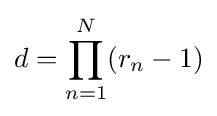
d=\prod _{n=1}^{N}(r_{n}-1)